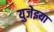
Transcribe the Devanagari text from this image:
युजेइया